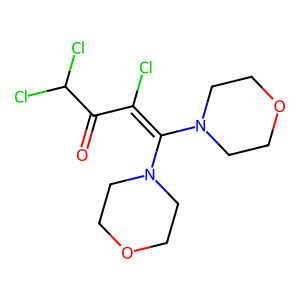
SMILES: O=C(C(Cl)=C(N1CCOCC1)N1CCOCC1)C(Cl)Cl
Inhibits HIV replication: No